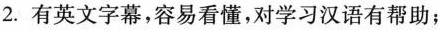
2.有英文字幕，容易看懂，对学习汉语有帮助；